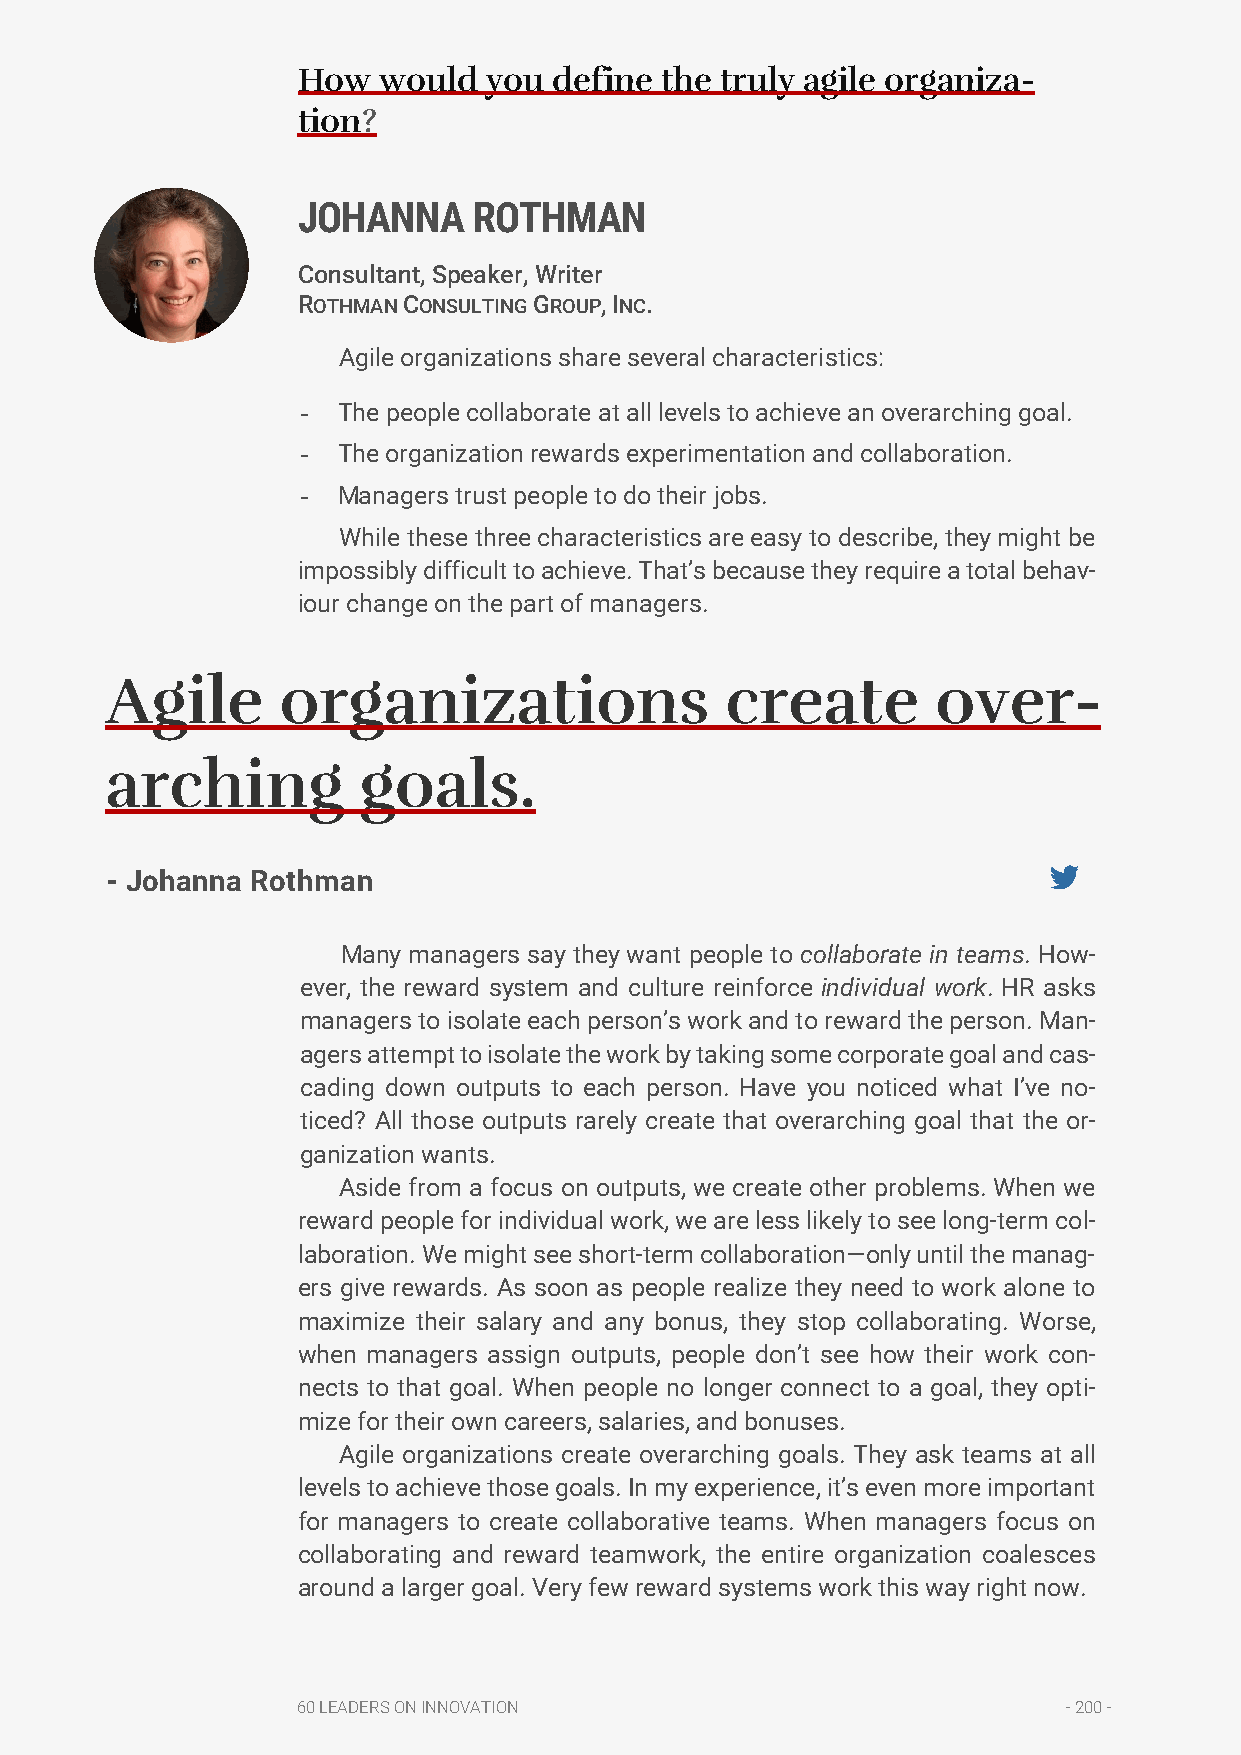
How  would  you  define the truly agile organiza-
 tion?
 JOHANNA    ROTHMAN
 Consultant, Speaker, Writer
 ROTHMAN CONSULTING GROUP, INC.
 Agile organizations share several characteristics:
 - The people collaborate at all levels to achieve an overarching goal.
 - The organization rewards experimentation and collaboration.
 - Managers trust people to do their jobs.
 While these three characteristics are easy to describe, they might be
 impossibly difficult to achieve. That’s because they require a total behav-
 iour change on the part of managers.
 Agile      organizations                 create        over-
 arching          goals.
 - Johanna Rothman
 Many managers say they want people to collaborate in teams. How-
 ever, the reward system and culture reinforce individual work. HR asks
 managers to isolate each person’s work and to reward the person. Man-
 agers attempt to isolate the work by taking some corporate goal and cas-
 cading down outputs to each person. Have you noticed what I’ve no-
 ticed? All those outputs rarely create that overarching goal that the or-
 ganization wants.
 Aside from a focus on outputs, we create other problems. When we
 reward people for individual work, we are less likely to see long-term col-
 laboration. We might see short-term collaboration—only until the manag-
 ers give rewards. As soon as people realize they need to work alone to
 maximize their salary and any bonus, they stop collaborating. Worse,
 when managers assign outputs, people don’t see how their work con-
 nects to that goal. When people no longer connect to a goal, they opti-
 mize for their own careers, salaries, and bonuses.
 Agile organizations create overarching goals. They ask teams at all
 levels to achieve those goals. In my experience, it’s even more important
 for managers to create collaborative teams. When managers focus on
 collaborating and reward teamwork, the entire organization coalesces
 around a larger goal. Very few reward systems work this way right now.
 60 LEADERS ON INNOVATION                           - 200 -